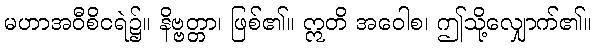
မဟာအဝီစိငရဲ၌။ နိဗ္ဗတ္တာ၊ ဖြစ်၏။ ဣတိ အဝေါစ၊ ဤသို့လျှောက်၏။